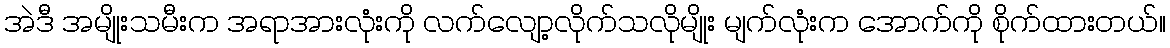
အဲဒီ အမျိုးသမီးက အရာအားလုံးကို လက်လျော့လိုက်သလိုမျိုး မျက်လုံးက အောက်ကို စိုက်ထားတယ်။